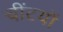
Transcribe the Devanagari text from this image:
चींटयों